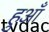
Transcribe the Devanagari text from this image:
हुआँ